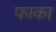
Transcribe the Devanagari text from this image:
फाका